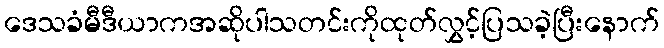
ဒေသခံမီဒီယာကအဆိုပါသတင်းကိုထုတ်လွှင့်ပြသခဲ့ပြီးနောက်